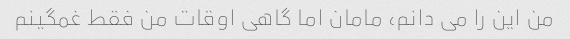
من این را می دانم، مامان اما گاهی اوقات من فقط غمگینم